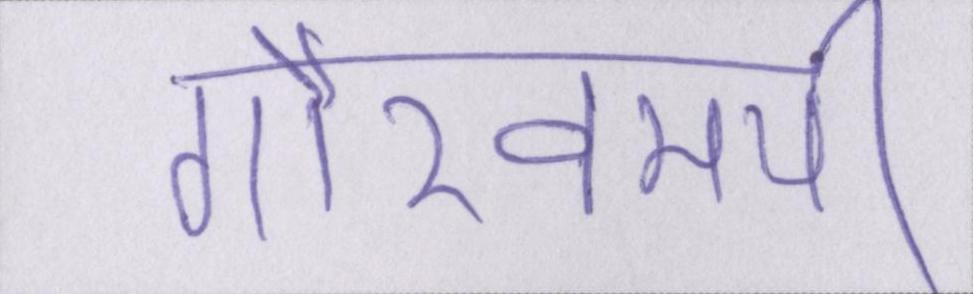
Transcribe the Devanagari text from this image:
गौरवमयी